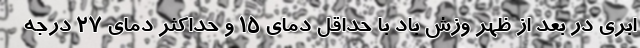
ابری در بعد از ظهر وزش باد با حداقل دمای ۱۵ و حداکثر دمای ۲۷ درجه